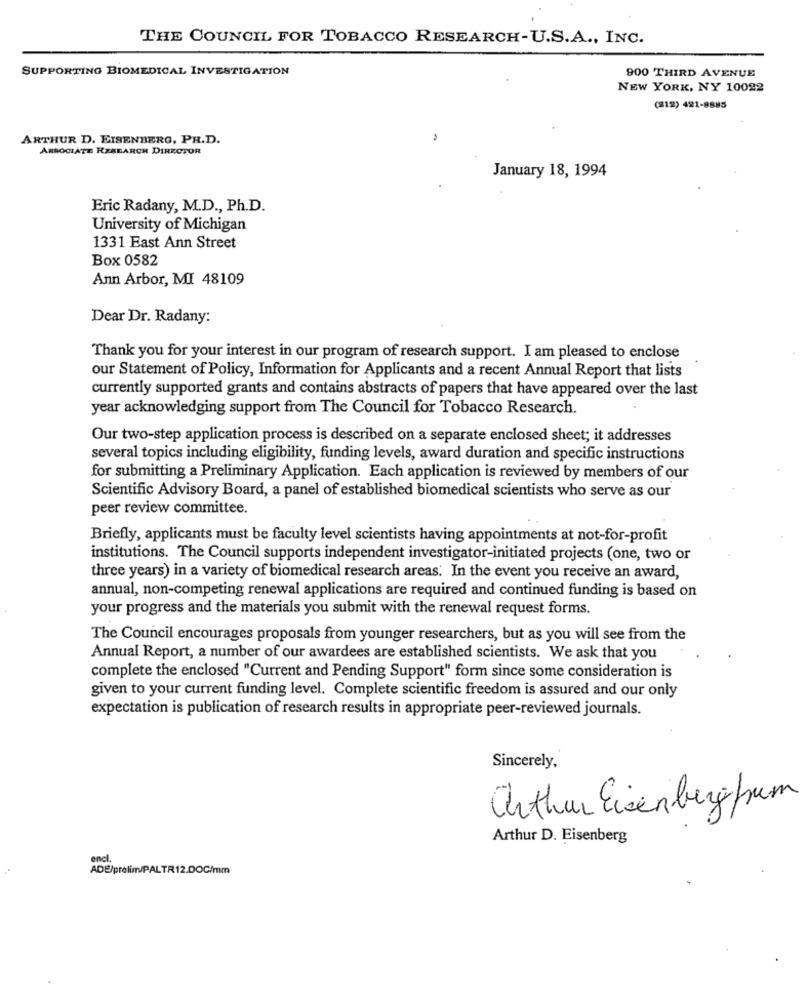
THE COUNCIL FOR TOBACCO RESEARCH-U.S.A ., INC.
SUPPORTING BIOMEDICAL INVESTIGATION
900 THIRD AVENUE
NEW YORK, NY 10022
(212) 421-8885
ARTHUR D. EISENBERG, PH.D.
ASSOCIATE RESEARCH DIRECTOR
January 18, 1994
Eric Radany, M.D ., Ph.D.
University of Michigan
1331 East Ann Street
Box 0582
Ann Arbor, MI 48109
Dear Dr. Radany:
Thank you for your interest in our program of research support. I am pleased to enclose
our Statement of Policy, Information for Applicants and a recent Annual Report that lists
currently supported grants and contains abstracts of papers that have appeared over the last
year acknowledging support from The Council for Tobacco Research.
Our two-step application process is described on a separate enclosed sheet; it addresses
several topics including eligibility, funding levels, award duration and specific instructions
for submitting a Preliminary Application. Each application is reviewed by members of our
Scientific Advisory Board, a panel of established biomedical scientists who serve as our
peer review committee.
Briefly, applicants must be faculty level scientists having appointments at not-for-profit
institutions. The Council supports independent investigator-initiated projects (one, two or
three years) in a variety of biomedical research areas. In the event you receive an award,
annual, non-competing renewal applications are required and continued funding is based on
your progress and the materials you submit with the renewal request forms.
The Council encourages proposals from younger researchers, but as you will see from the
Annual Report, a number of our awardees are established scientists. We ask that you
complete the enclosed "Current and Pending Support" form since some consideration is
given to your current funding level. Complete scientific freedom is assured and our only
expectation is publication of research results in appropriate peer-reviewed journals.
Sincerely,
arthur Eisenbergfrum
Arthur D. Eisenberg
encl.
ADE/prelim/PALTR12.DOC/mm